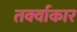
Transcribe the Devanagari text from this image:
तर्क्वाकार